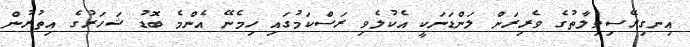
އިނގިރޭސިވިލާތުގެ ވެރިރަށް ލަންޑަނަކީ އެކުލެވި ރަސްކަމުގައި ހިމެނޭ އެންމެ ބޮޑު ޝަހަރުގެ އިތުރުން